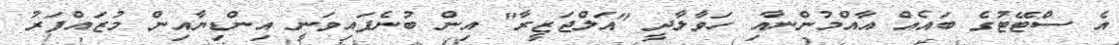
އެ ސްޓޭޓުގެ ބައެއް އާއްމުންނާއި ހަވާލާދީ "އަލްޖަޒީރާ" އިން ބުނެފައިވަނީ އިންޑިޔާއިން މުޒައްފަރު